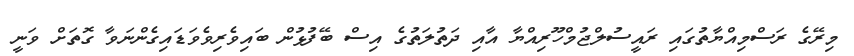
މިރޭގެ ރަސްމިއްޔާތުގައި ރައީސުލްޖުމްހޫރިއްޔާ އާއި ދަތުލަތުގެ އިސް ބޭފުޅުން ބައިވެރިވެވަޑައިގެންނަވާ ގޮތަށް ވަނީ